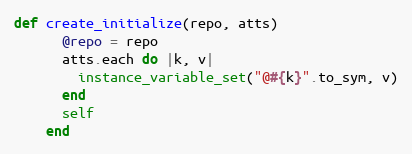
Language: Ruby
def create_initialize(repo, atts)
      @repo = repo
      atts.each do |k, v|
        instance_variable_set("@#{k}".to_sym, v)
      end
      self
    end